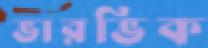
ভারভিক